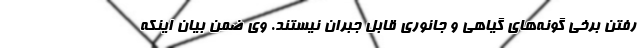
رفتن برخی گونه‌های گیاهی و جانوری قابل جبران نیستند. وی ضمن بیان اینکه